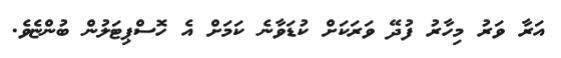
އަރާ ވަރު މިހާރު ފުދޭ ވަރަކަށް ކުޑަވާނެ ކަމަށް އެ ހޮސްޕިޓަލުން ބުންޏެވެ.